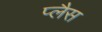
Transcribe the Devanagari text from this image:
प्लैस